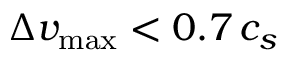
\Delta v _ { \mathrm { m a x } } < 0 . 7 \, c _ { s }